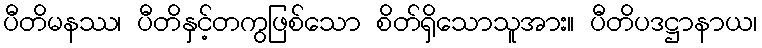
ပီတိမနဿ၊ ပီတိနှင့်တကွဖြစ်သော စိတ်ရှိသောသူအား။ ပီတိပဒဋ္ဌာနာယ၊